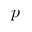
p